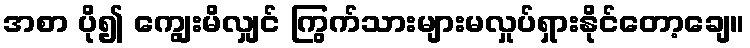
အစာ ပို၍ ကျွေးမိလျှင် ကြွက်သားများမလှုပ်ရှားနိုင်တော့ချေ။